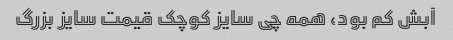
آبش کم بود، همه چی سایز کوچک قیمت سایز بزرگ